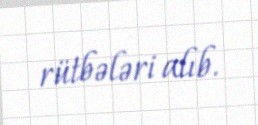
rütbələri alıb.